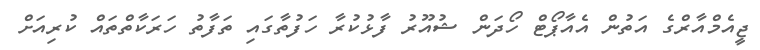
ޖީއެމްއާރްގެ އަތުން އެއާޕޯޓް ހޯދަން ޝުއޫރު ފާޅުކުރާ ހަފުތާގައި ތަފާތު ހަރަކާތްތައް ކުރިއަށް